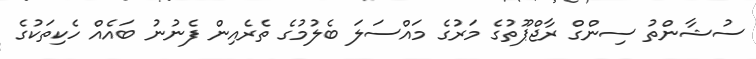
ސުޝާންތު ސިންގް ރާޖްޕޫތުގެ މަރުގެ މައްސަލަ ބެލުމުގެ ތެރެއިން ފެނުނު ބައެއް ހެކިތަކުގެ